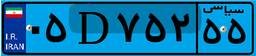
۰۵D۷۵۲۵۵